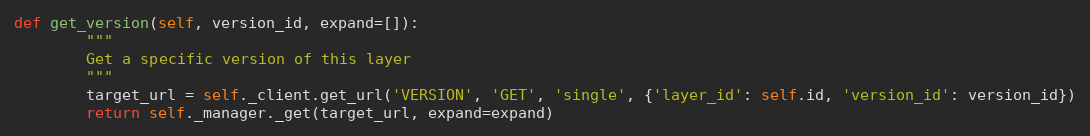
Language: Python
def get_version(self, version_id, expand=[]):
        """
        Get a specific version of this layer
        """
        target_url = self._client.get_url('VERSION', 'GET', 'single', {'layer_id': self.id, 'version_id': version_id})
        return self._manager._get(target_url, expand=expand)